Lunatic asylums Central Provinces reports 1895-1909 - 1895-1909
Year: 1895
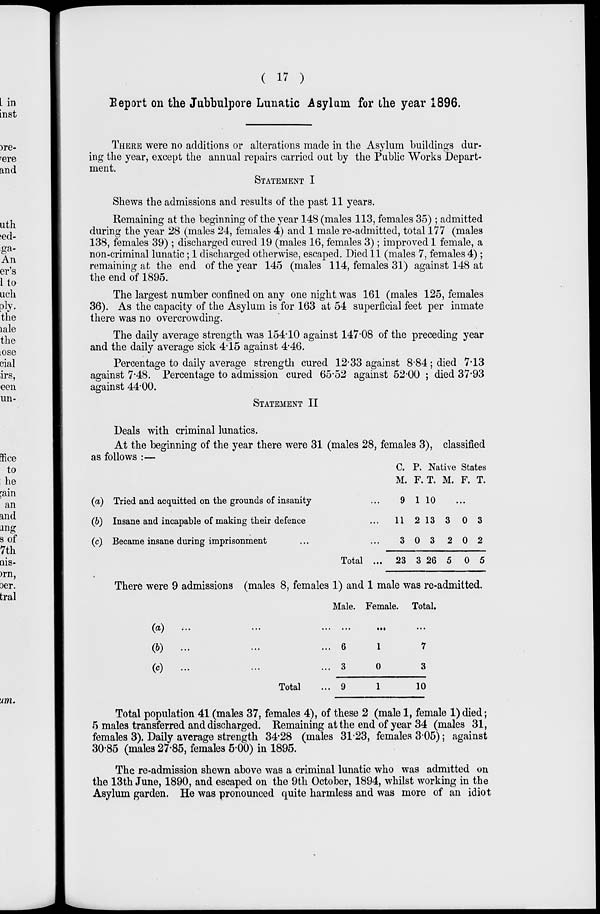
( 17 )
Report on the Jubbulpore Lunatic Asylum for the year 1896.
THERE were no additions or alterations made in the Asylum buildings dur-
ing the year, except the annual repairs carried out by the Public Works Depart-
ment.
STATEMENT I
Shews the admissions and results of the past 11 years.
Remaining at the beginning of the year 148 (males 113, females 35) ; admitted
during the year 28 (males 24, females 4) and 1 male re-admitted, total 177 (males
138, females 39) ; discharged cured 19 (males 16, females 3) ; improved 1 female, a
non-criminal lunatic; 1 discharged otherwise, escaped. Died 11 (males 7, females 4) ;
remaining at the end of the year 145 (males 114, females 31) against 148 at
the end of 1895.
The largest number confined on any one night, was 161 (males 125, females
36). As the capacity of the Asylum is for 163 at 54 superficial feet per inmate
there was no overcrowding.
The daily average strength was 154.10 against 147.08 of the preceding year
and the daily average sick 4.15 against 4.46.
Percentage to daily average strength cured 12.33 against 8.84; died 7.13
against 7.48. Percentage to admission cured 65.52 against 52.00 ; died 37.93
against 44.00.
STATEMENT II
Deals with criminal lunatics.
At the beginning of the year there were 31 (males 28, females 3), classified
as follows :—
(a)
(b)
(c)
Tried and acquitted on the grounds of insanity
Insane and incapable of making their defence
Became insane during imprisonment
Total ...
C. P. Native States
M.
9
11
3
23
F.
1
2
0
3
T.
10
13
3
26
M. F. T.
...
3
2
5
0
0
0
3
2
5
There were 9 admissions (males 8, females 1) and 1 male was re-admitted.
(a) ... ... ...
(b) ... ... ...
(c) ... ... ...
Total
Male.
...
6
3
9
Female.
...
1
0
1
Total.
...
7
3
10
Total population 41 (males 37, females 4), of these 2 (male 1, female 1) died;
5 males transferred and discharged. Remaining at the end of year 34 (males 31,
females 3), Daily average strength 34.28 (males 31.23, females 3.05); against
30.85 (males 27.85, females 500) in 1895.
The re-admission shewn above was a criminal lunatic who was admitted on
the 13th June, 1890, and escaped on the 9th October, 1894, whilst working in the
Asylum garden. He was pronounced quite harmless and was more of an idiot